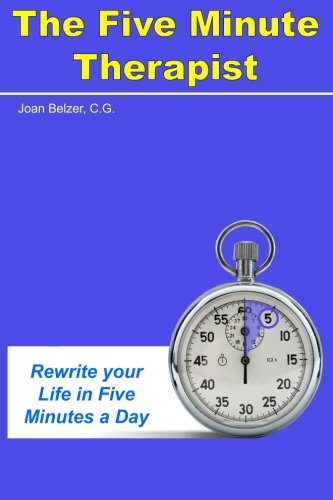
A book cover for The Five Minute Therapist; Joan Belzer C.G.; Self-Help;